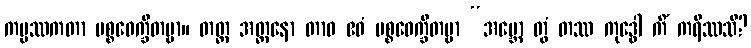
ကမ္မဿကတာ ပစ္စဝေက္ခိတဗ္ဗာ။ တတ္ထ အတ္တနော တာဝ ဧဝံ ပစ္စဝေက္ခိတဗ္ဗာ “အမ္ဘော တွံ တဿ ကုဒ္ဓေါ ကိံ ကရိဿသိ?